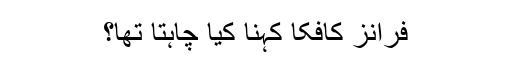
فرانز کافکا کہنا کیا چاہتا تھا؟